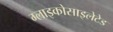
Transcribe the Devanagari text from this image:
ग्लाइकोसाइलेटेड